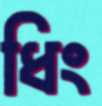
ধিং